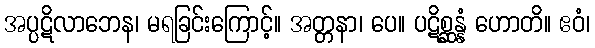
အပ္ပဋိလာဘေန၊ မရခြင်းကြောင့်။ အတ္တနာ၊ ပေ။ ပဋိစ္ဆန္နံ ဟောတိ။ ဧဝံ၊